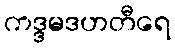
ကဒ္ဒမဒဟတီရေ